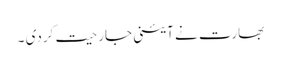
بھارت نے آئینی جارحیت کردی ۔